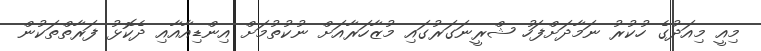
މިއީ މިއަދުގެ ހުކުރު ނަމާދަށްފަހު ޝްރީނަގަރުގައި މުޒާހަރާއަށް ނުކުތުމަށް އިންޑިއާއާއި ދެކޮޅު ފަރާތްތަކުން